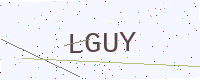
Text: LGUY